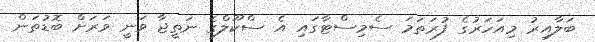
ބަލާއިރު މިއަހަރުގެ ފުރަތަމަ ސެމިސްޓާގައި އެ ސްކޫލްގެ ނަތީޖާ ވަނީ ވަރަށް ބޮޑުތަން